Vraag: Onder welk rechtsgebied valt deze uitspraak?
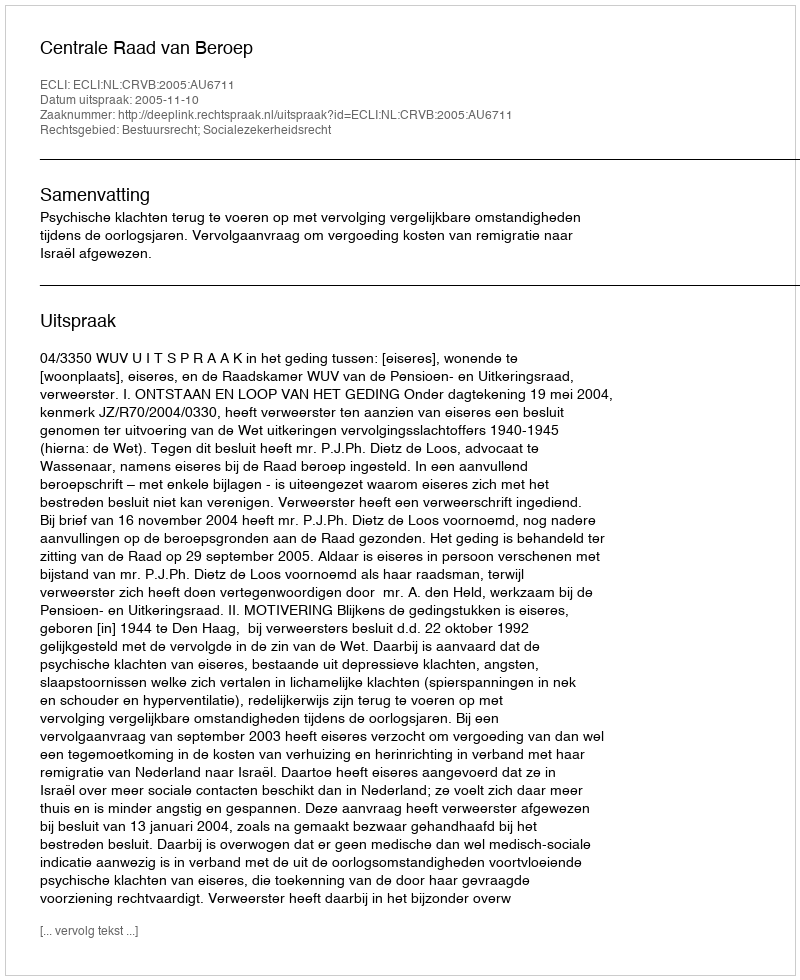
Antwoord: Bestuursrecht; Socialezekerheidsrecht